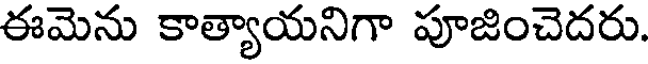
ఈమెను కాత్యాయనిగా పూజించెదరు.